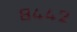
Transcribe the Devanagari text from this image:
८४४२